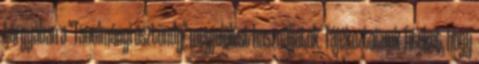
tárgyában a "Tanulmányi ösztöndíj" megjelölést használjátok. Tájékoztatunk Titeket, hogy